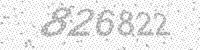
Solution: 826822